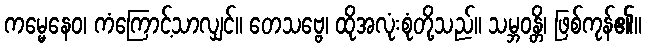
ကမ္မေနေဝ၊ ကံကြောင့်သာလျှင်။ တေသဗ္ဗေ၊ ထိုအလုံးစုံတို့သည်။ သမ္ဘဝန္တိ၊ ဖြစ်ကုန်၏။